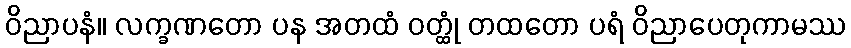
ဝိညာပနံ။ လက္ခဏတော ပန အတထံ ဝတ္ထုံ တထတော ပရံ ဝိညာပေတုကာမဿ